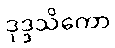
ဒုဒ္ဒသိကော